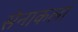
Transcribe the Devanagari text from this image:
सेनाकलां